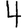
Digit: 4